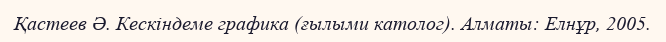
Қастеев Ә. Кескіндеме графика (ғылыми католог). Алматы: Елнұр, 2005.